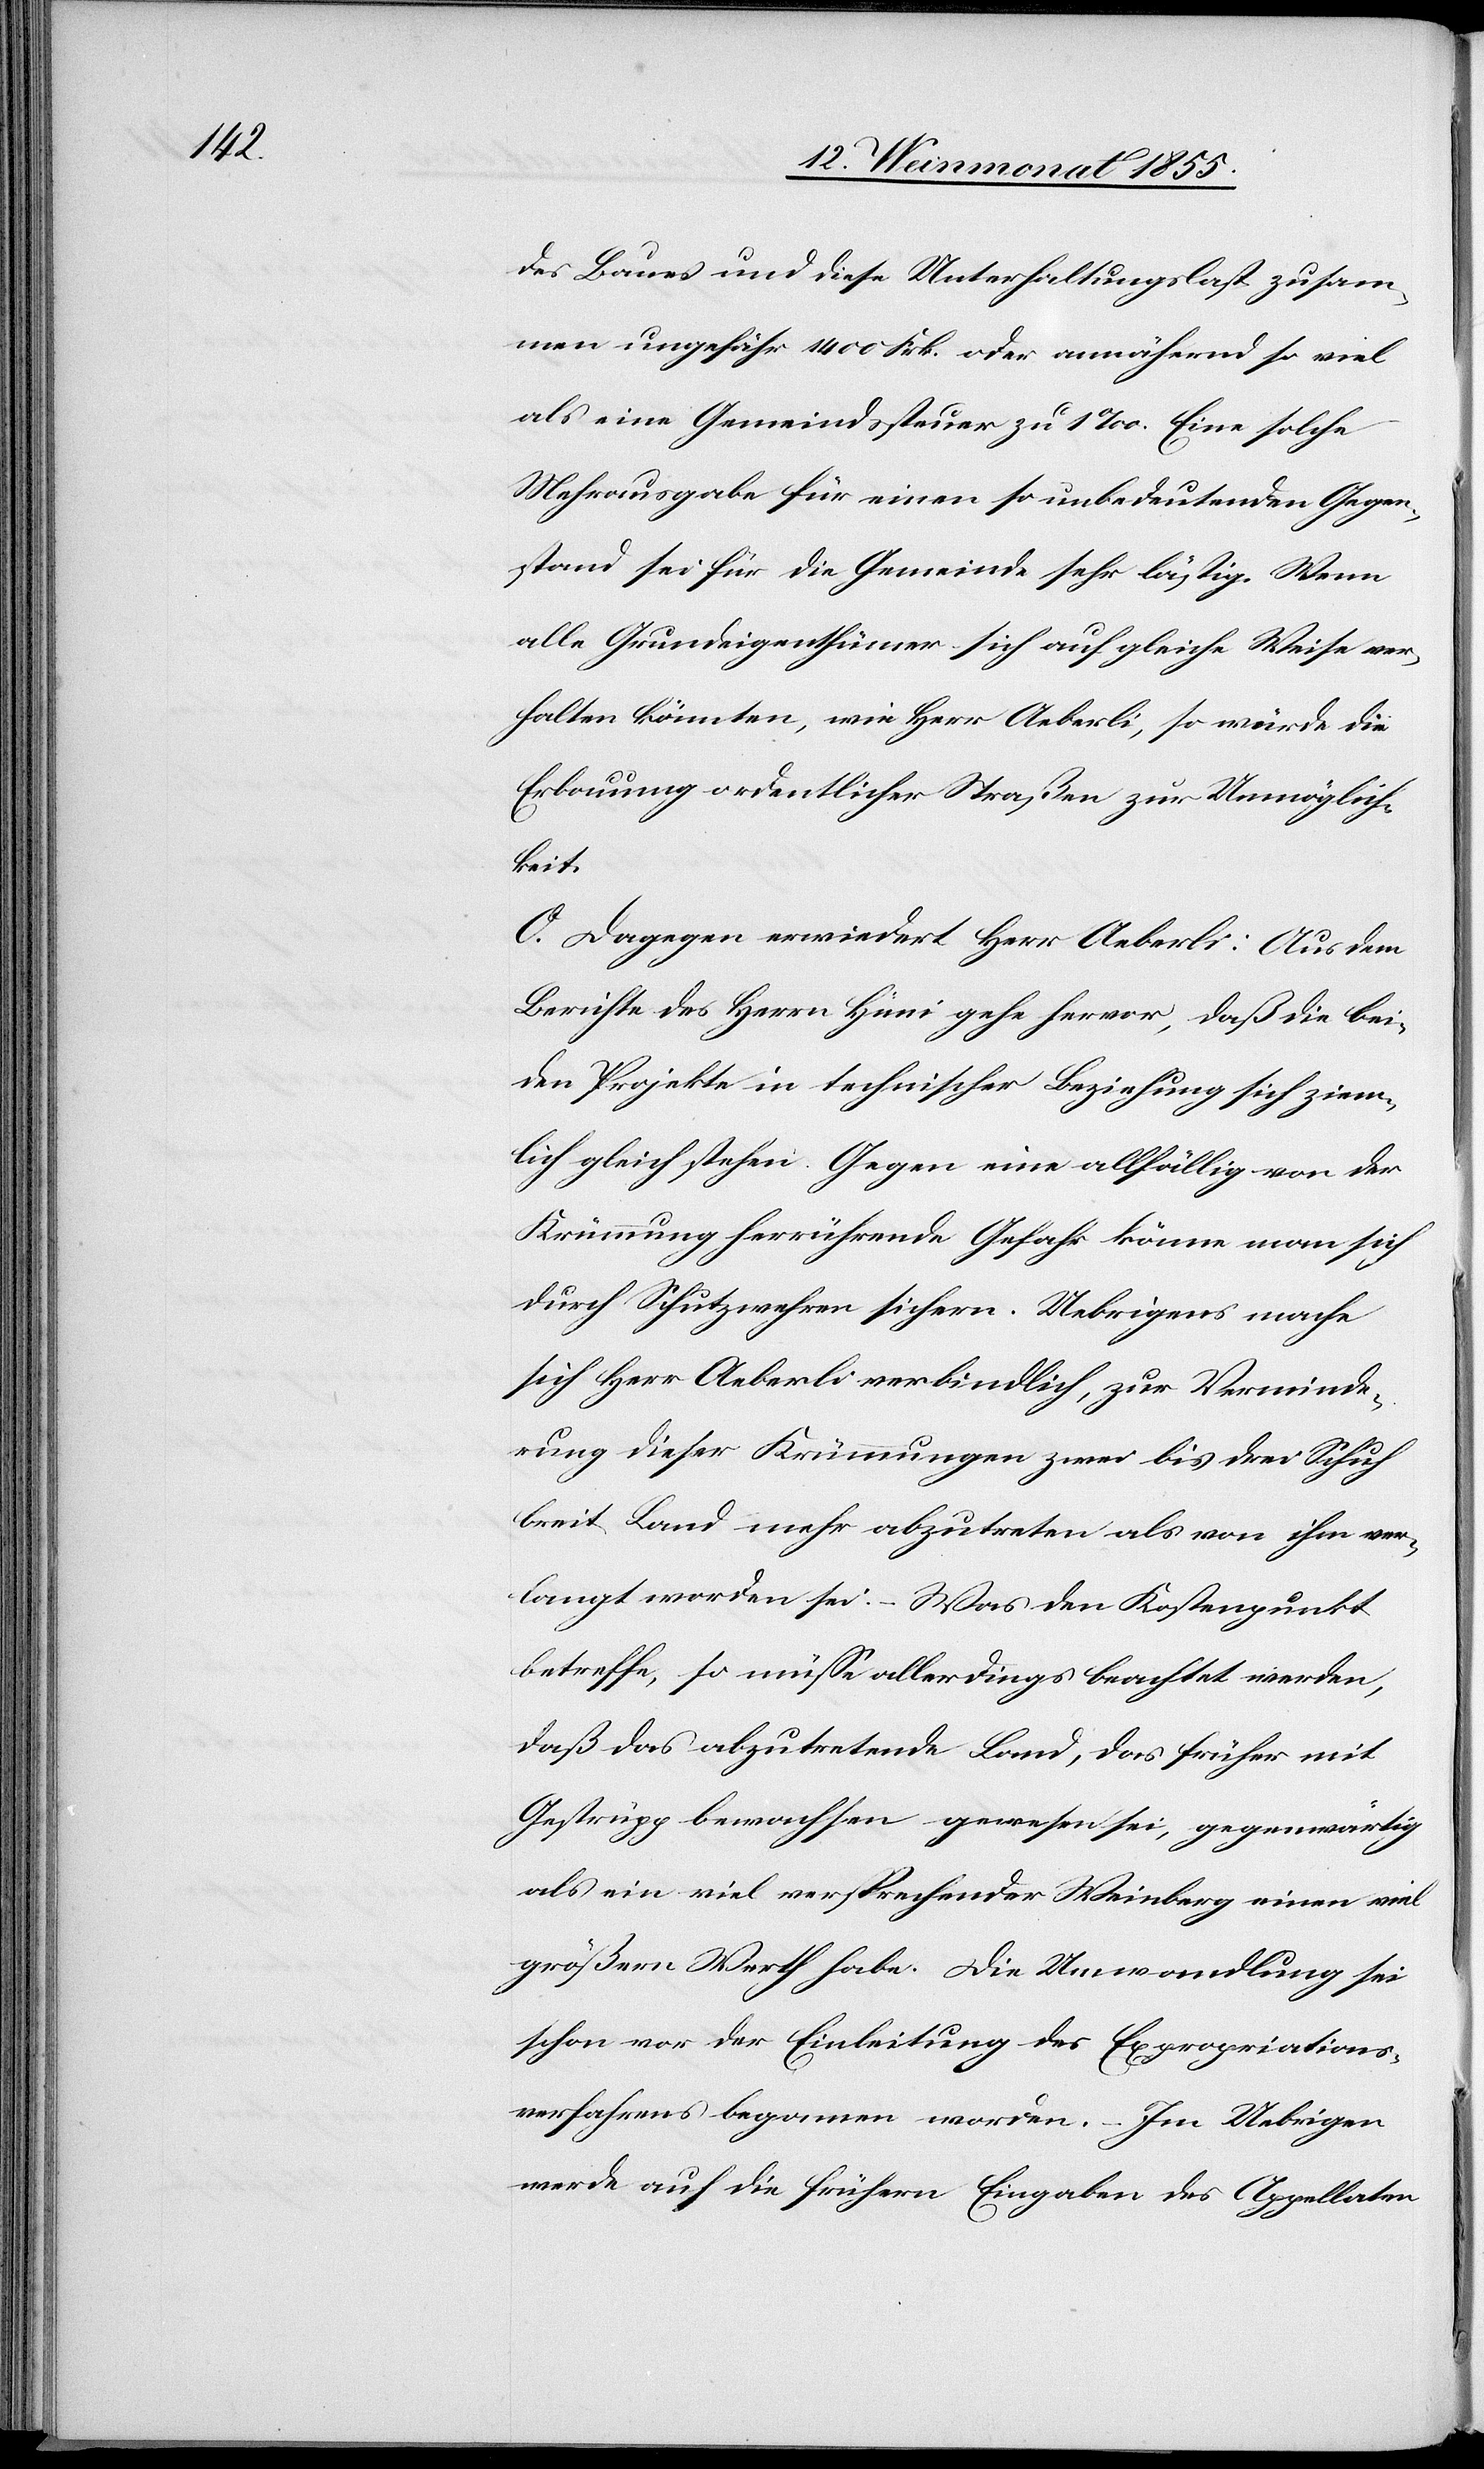
des Baues und diese Unterhaltungslast zusam¬
men ungefähr 1400 Frk. oder annähernd so viel
als eine Gemeindssteuer zu 1‰. Eine solche
Mehrausgabe für einen so unbedeutenden Gegen¬
stand sei für die Gemeinde sehr lästig. Wenn
alle Grundeigenthümer sich auf gleiche Weise ver¬
halten könnten, wie Herr Aeberli, so würde die
Erbauung ordentlicher Straßen zur Unmöglich¬
keit.
O. Dagegen erwiedert Herr Aeberli: Aus dem
Berichte des Herrn Hüni gehe hervor, daß die bei¬
den Projekte in technischer Beziehung sich ziem¬
lich gleich stehen. Gegen eine allfällig von der
Krümmung herrührende Gefahr könne man sich
durch Schutzwehren sichern. Uebrigens mache
sich Herr Aeberli verbindlich, zur Verminde¬
rung dieser Krümmungen zwei bis drei Schuh
breit Land mehr abzutreten als von ihm ver¬
langt worden sei. – Was den Kostenpunkt
betreffe, so müsse allerdings beachtet werden,
daß das abzutretende Land, das früher mit
Gestrüpp bewachsen gewesen sei, gegenwärtig
als ein viel versprechender Weinberg einen viel
größern Werth habe. Die Umwandlung sei
schon vor der Einleitung des Expropriations¬
verfahrens begonnen worden. – Im Uebrigen
werde auf die frühern Eingaben des Appellaten